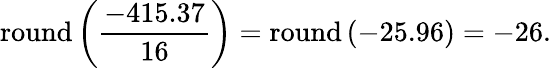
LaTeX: \mathrm{round}\left({\frac{-415.37}{16}}\right)=\mathrm{round}\left(-25.96\right)=-26.